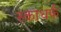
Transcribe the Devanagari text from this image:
स्काधर्फ